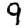
Digit: 9